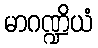
မာဂဏ္ဍိယံ